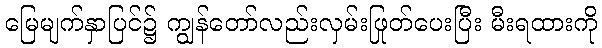
မြေမျက်နှာပြင်၌ ကျွန်တော်လည်းလှမ်းဖြုတ်ပေးပြီး မီးရထားကို